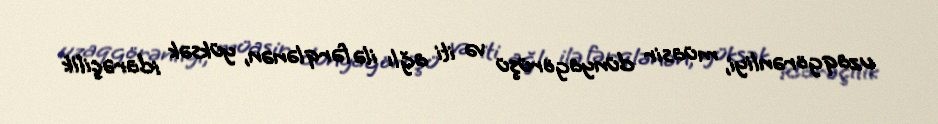
uzaqgörənliyi, müasir dünyagörüşü və iti ağlı ilə fərqlənən, yüksək idarəçilik